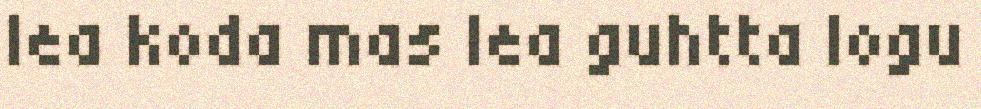
lea koda mas lea guhtta logu